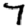
Digit: 7